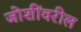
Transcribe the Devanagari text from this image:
जोशींवरील